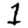
Digit: 1